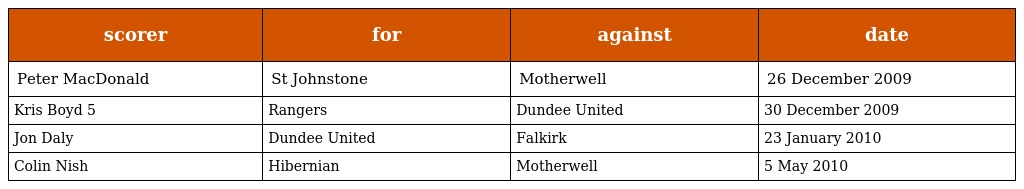
| scorer | for | against | date |
 | --- | --- | --- | --- |
 | Peter MacDonald | St Johnstone | Motherwell | 26 December 2009 |
 | Kris Boyd 5 | Rangers | Dundee United | 30 December 2009 |
 | Jon Daly | Dundee United | Falkirk | 23 January 2010 |
 | Colin Nish | Hibernian | Motherwell | 5 May 2010 |